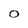
Character: 0